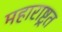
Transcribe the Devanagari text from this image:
महाराष्ट्रत